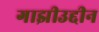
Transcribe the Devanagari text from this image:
गाझीउद्दीन